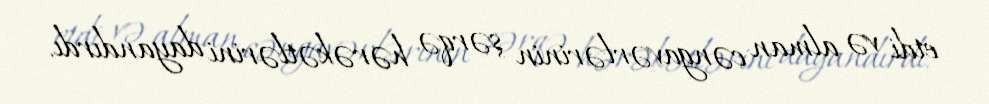
etdi və alman cəngavərlərinin şərqə hərəkətlərini dayandırdı.